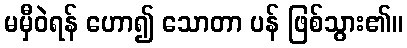
မမှီဝဲရန် ဟော၍ သောတာ ပန် ဖြစ်သွား၏။